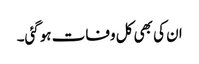
ان کی بھی کل وفات ہوگئی۔